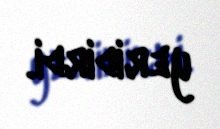
yeridirdi.